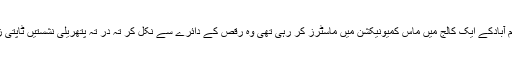
زری جو اُدھر اسلام آبادکے ایک کالج میں ماس کمیونیکشن میں ماسٹرز کر رہی تھی وہ رقص کے دائرے سے نکل کر تہ در تہ پتھریلی نشستیں ٹاپتی زِینے چڑھنے لگی۔